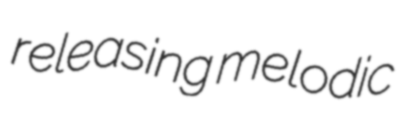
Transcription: releasing melodic